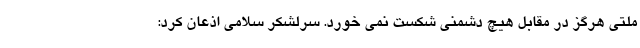
ملتی هرگز در مقابل هیچ دشمنی شکست نمی خورد. سرلشکر سلامی اذعان کرد: